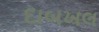
દાબખલ